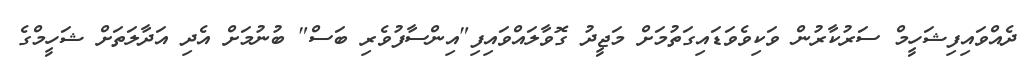
ދެއްވައިފިޝަހީމް ސަރުކާރުން ވަކިވެވަޑައިގަތުމަށް މަޖީދު ގޮވާލައްވައިފި"އިންސާފުވެރި ބަސް" ބުނުމަށް އެދި އަދާލަތަށް ޝަހީމްގެ